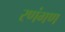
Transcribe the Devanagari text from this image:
रणंगण